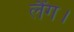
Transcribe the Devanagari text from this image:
लैंग।